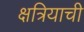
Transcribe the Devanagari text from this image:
क्षत्रियाची